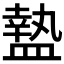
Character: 𥂕